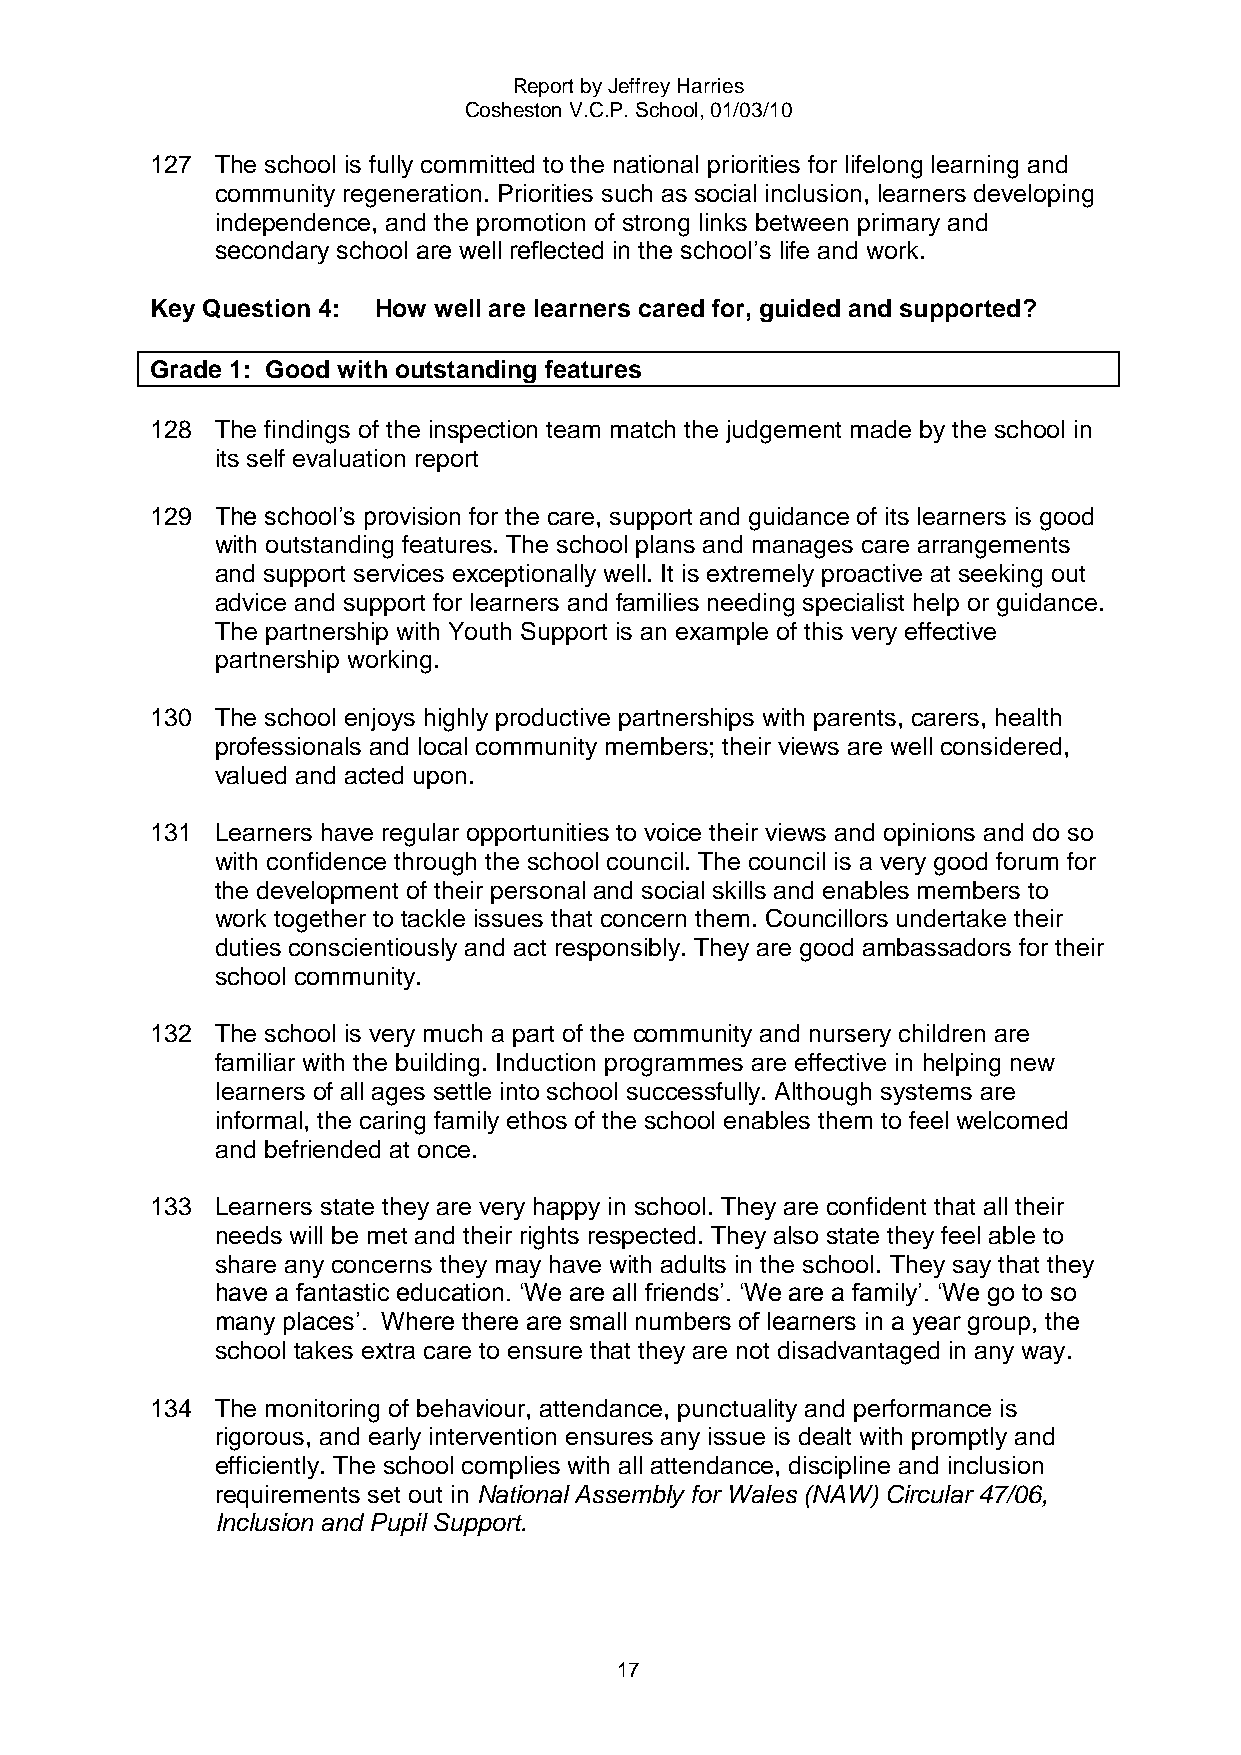
Report by Jeffrey Harries
 Cosheston V.C.P. School, 01/03/10
 127 The school is fully committed to the national priorities for lifelong learning and
 community regeneration. Priorities such as social inclusion, learners developing
 independence, and the promotion of strong links between primary and
 secondary school are well reflected in the school‟s life and work.
 Key Question 4: How well are learners cared for, guided and supported?
 Grade 1: Good with outstanding features
 128 The findings of the inspection team match the judgement made by the school in
 its self evaluation report
 129 The school‟s provision for the care, support and guidance of its learners is good
 with outstanding features. The school plans and manages care arrangements
 and support services exceptionally well. It is extremely proactive at seeking out
 advice and support for learners and families needing specialist help or guidance.
 The partnership with Youth Support is an example of this very effective
 partnership working.
 130 The school enjoys highly productive partnerships with parents, carers, health
 professionals and local community members; their views are well considered,
 valued and acted upon.
 131 Learners have regular opportunities to voice their views and opinions and do so
 with confidence through the school council. The council is a very good forum for
 the development of their personal and social skills and enables members to
 work together to tackle issues that concern them. Councillors undertake their
 duties conscientiously and act responsibly. They are good ambassadors for their
 school community.
 132 The school is very much a part of the community and nursery children are
 familiar with the building. Induction programmes are effective in helping new
 learners of all ages settle into school successfully. Although systems are
 informal, the caring family ethos of the school enables them to feel welcomed
 and befriended at once.
 133 Learners state they are very happy in school. They are confident that all their
 needs will be met and their rights respected. They also state they feel able to
 share any concerns they may have with adults in the school. They say that they
 have a fantastic education. „We are all friends‟. „We are a family‟. „We go to so
 many places‟. Where there are small numbers of learners in a year group, the
 school takes extra care to ensure that they are not disadvantaged in any way.
 134 The monitoring of behaviour, attendance, punctuality and performance is
 rigorous, and early intervention ensures any issue is dealt with promptly and
 efficiently. The school complies with all attendance, discipline and inclusion
 requirements set out in National Assembly for Wales (NAW) Circular 47/06,
 Inclusion and Pupil Support.
 17